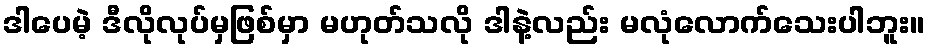
ဒါပေမဲ့ ဒီလိုလုပ်မှဖြစ်မှာ မဟုတ်သလို ဒါနဲ့လည်း မလုံလောက်သေးပါဘူး။